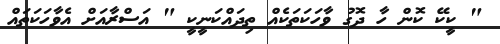
" ކީކޭ ކޮން ހާ ދޮގު ވާހަކަތަކެއް ތިދައްކަނީކީ " އަސްރާއަށް އެވާހަކަތައް